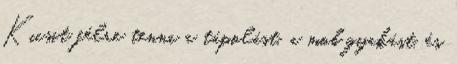
Kicsit félre tenni a tápolást, a mob gyakást, és